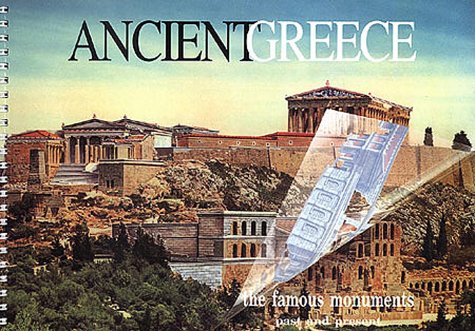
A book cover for Ancient Greece: The Famous Monuments Past and Present; G. Behor; Travel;